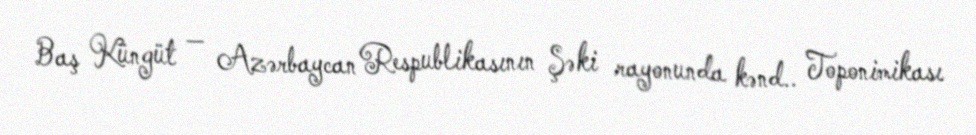
Baş Küngüt — Azərbaycan Respublikasının Şəki rayonunda kənd.. Toponimikası